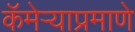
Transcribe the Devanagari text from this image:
कॅमेऱ्याप्रमाणे